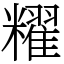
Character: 䊮